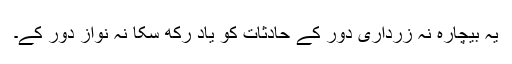
یہ بیچارہ نہ زرداری دور کے حادثات کو یاد رکھ سکا نہ نواز دور کے۔